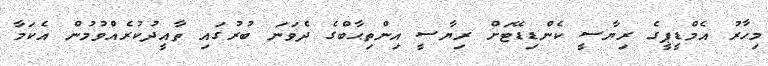
މިހާރު އެމްޑީޕީގެ ރިޔާސީ ކެންޑިޑޭޓަށް ރިޔާސީ އިންތިޙާބްގެ ދެވަނަ ބުރުގައި ތާއީދުކުރެއްވުމުން އެކަމާ